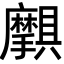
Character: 𫾝